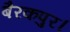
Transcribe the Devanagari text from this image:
बैरकपुर।